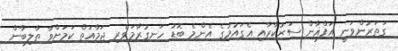
ގަތަރުންވަނީ އަފްޣާން ސަރުކާރާއި އެގައުމުގެ އެންމެ ބޮޑު ހަނގުރާމަވެރި ޖަމާއަތް ކަމަށްވާ ތާލިބާން